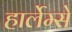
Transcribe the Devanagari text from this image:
हार्लेम्से